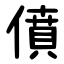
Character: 僨